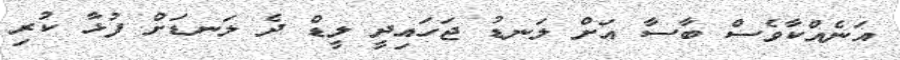
އަނެއްކާވެސް ބާސާ އަށް ލަނޑު ޖަހައިދީ ލީޑް ދެ ލަނޑަށް ފުޅާ ކުރި